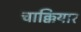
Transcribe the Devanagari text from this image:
चाक्कियार